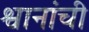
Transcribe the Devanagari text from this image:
श्वानांची